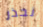
نحذر